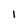
Character: 1